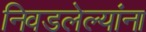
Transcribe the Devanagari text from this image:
निवडलेल्यांना